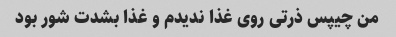
من چیپس ذرتی روی غذا ندیدم و غذا بشدت شور بود